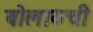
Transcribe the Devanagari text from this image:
बोलाय्ची